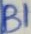
Text: B1